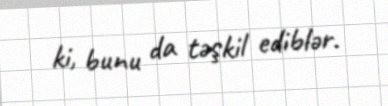
ki, bunu da təşkil ediblər.